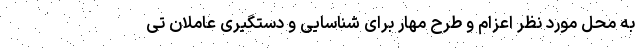
به محل مورد نظر اعزام و طرح مهار برای شناسایی و دستگیری عاملان تی